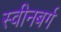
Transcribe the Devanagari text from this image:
स्वीनबर्ग